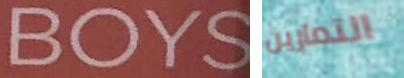
BOYS التمارين